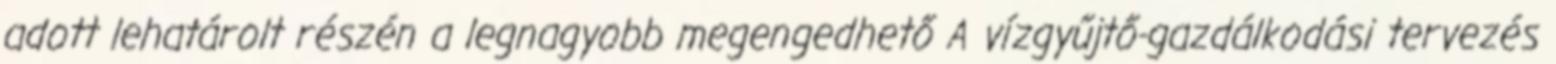
adott lehatárolt részén a legnagyobb megengedhető A vízgyűjtő-gazdálkodási tervezés